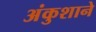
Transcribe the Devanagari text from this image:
अंकुशाने